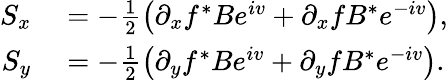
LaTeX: \begin{array}{rl}{S_{x}}&{{}=-\frac{1}{2}\left(\partial_{x}f^{*}Be^{iv}+\partial_{x}fB^{*}e^{-iv}\right),}\\ {S_{y}}&{{}=-\frac{1}{2}\left(\partial_{y}f^{*}Be^{iv}+\partial_{y}fB^{*}e^{-iv}\right).}\end{array}